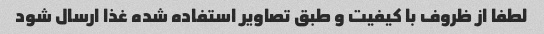
لطفا از ظروف با کیفیت و طبق تصاویر استفاده شده غذا ارسال شود